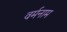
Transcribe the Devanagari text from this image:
वर्मनाम